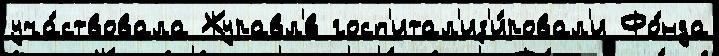
уча́ствовала Журавл'́в госп'итал'из'и́ровал'и Фо́нда